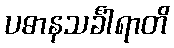
ပဓာနသင်္ခါရာတိ